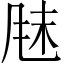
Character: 𫖼